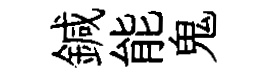
鍼能鬼